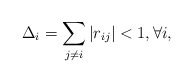
\begin{align*}\Delta_i = \sum_{j\neq i}\left|r_{ij}\right| < 1,\forall i,\end{align*}